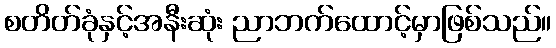
စတိတ်ခုံနှင့်အနီးဆုံး ညာဘက်ထောင့်မှာဖြစ်သည်။